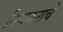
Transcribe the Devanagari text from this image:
नियमनाचे